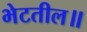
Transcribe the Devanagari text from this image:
भेटतील॥